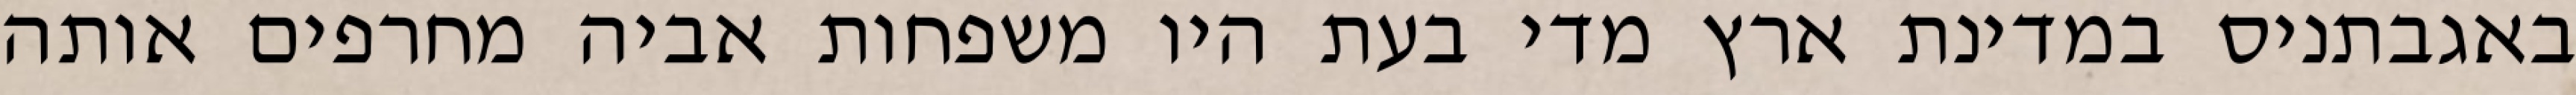
באגבתניס במדינת ארץ מדי בעת היו משפחות אביה מחרפים אותה